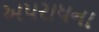
અપરાધના